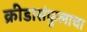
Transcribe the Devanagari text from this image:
क्रीडासंकुलाचा